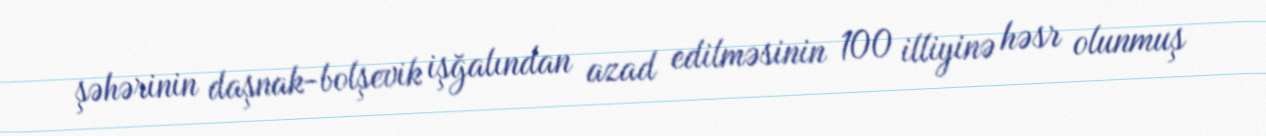
şəhərinin daşnak-bolşevik işğalından azad edilməsinin 100 illiyinə həsr olunmuş